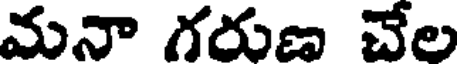
మనా గరుణ చేల